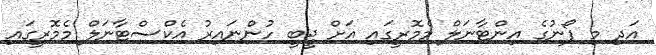
އަދި މި ފޯނުގެ އިންޓާނަލް މެމޮރީގައި އަށް ޖީބީ ހުންނައިރު އެކްސްޓާނަލް މެމޮރީގައި